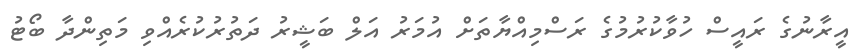
އީރާނުގެ ރައީސް ހުވާކުރުމުގެ ރަސްމިއްޔާތަށް އުމަރު އަލް ބަޝީރު ދަތުރުކުރެއްވި މަތިންދާ ބޯޓު